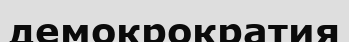
демокрократия